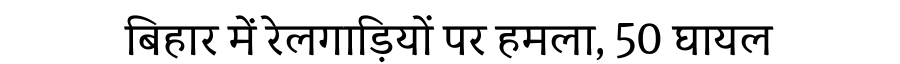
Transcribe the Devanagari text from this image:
बिहार में रेलगाड़ियों पर हमला, 50 घायल